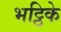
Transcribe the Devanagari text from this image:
भट्ठिके